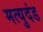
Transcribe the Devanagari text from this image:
मत्युदंड